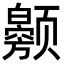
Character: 𬱲